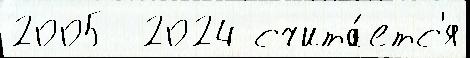
2005  2024 счита́етс'я